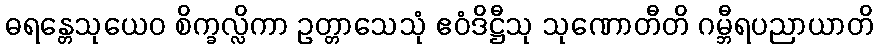
ဓရန္တေသုယေဝ စိက္ခလ္လိကာ ဥတ္တာသေသုံ ဧဝံဒိဋ္ဌီသု သုဏောတီတိ ဂမ္ဘီရပညာယာတိ